Sanitation, dispensaries and jails vaccination Rajputana 1922-1927 - 1922-1927
Year: 1922
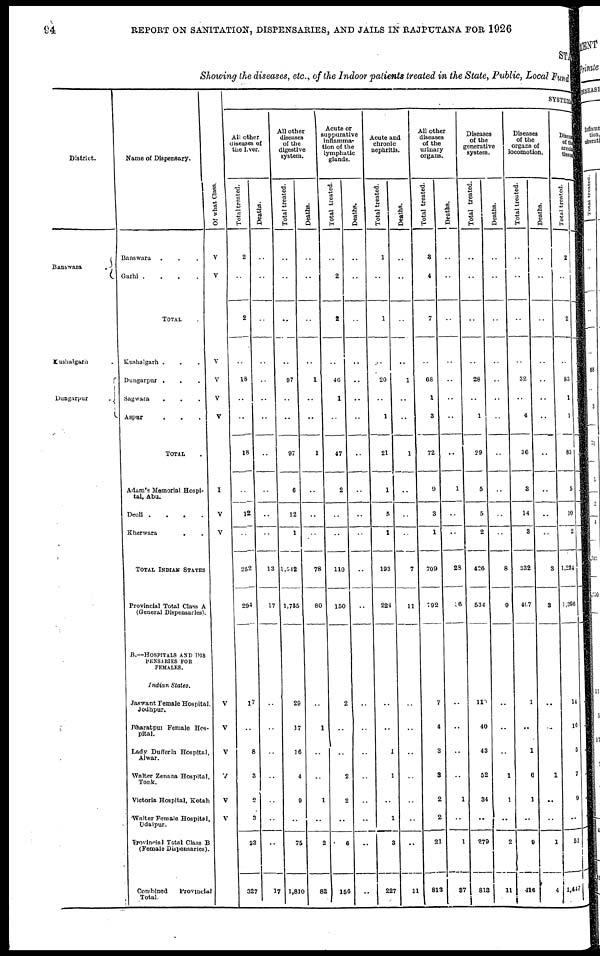
94
REPORT ON SANITATION, DISPENSARIES, AND JAILS IN RAJPUTANA FOR 1926
STATE
Showing the diseases, etc., of the Indoor patients treated in the State, Public, Local Fund
District.
Banswara
.
Kushalgarh .
Dungarpur
.
Name of Dispensary.
Banswara ...
Garhi .
.
.
.
TOTAL .
Kushalgarh ...
Dungarpur ...
Sagwara ...
Aspur ...
TOTAL .
Adam's Memorial Hospi-
tal, Abu.
Deoli .
.
.
.
Kherwara
..
TOTAL INDIAN STATES
Provincial Total Class A
(General Dispensaries).
B.—HOSPITALS AND DIS¬
PENSARIES FOR
FEMALES.
Indian
States.
Jaswant Female Hospital,
Jodhpur.
Bharatpur Female Hos-
pital.
Lady Dufferin Hospital,
Alwar.
Walter Zenana Hospital,
Tonk.
Victoria Hospital, Kotah
Walter Female Hospital,
Udaipur.
Provincial Total Class B
(Female Dispensaries).
Combined
Provincial
Total.
Of what Class.
V
V
..
V
V
V
V
I
V
V
V
V
V
V
V
V
SYSTEMATIC
All other
diseases of
the liver.
Total treated.
2
..
2
..
18
..
..
18
..
12
..
252
294
17
..
8
3
2
3
33
327
Deaths.
..
..
..
..
..
..
..
..
..
..
..
13
17
..
..
..
..
..
..
..
17
All other
diseases
of the
digestive
system.
Total treated.
..
..
..
..
97
..
..
97
6
12
1
1,542
1,735
29
17
16
4
9
..
75
1,810
Deaths.
..
..
..
..
1
..
..
1
..
..
..
78
80
..
1
..
..
1
..
2
82
Acute or
suppurative
inflamma-
tion of the
lymphatic
glands.
Total treated.
..
2
2
..
46
1
..
47
2
..
..
110
150
2
..
..
2
2
..
6
156
Deaths.
..
..
..
..
..
..
..
..
..
..
..
..
..
..
..
..
..
..
..
..
..
Acute and
chronic
nephritis.
Total treated.
1
..
1
..
20
..
1
21
1
5
1
193
224
..
..
1
1
..
1
3
227
Deaths.
..
..
..
..
1
..
..
1
..
..
..
7
11
..
..
..
..
..
..
..
11
All other
diseases
of the
urinary
organs.
Total treated.
3
4
7
..
68
1
3
72
9
3
1
709
792
7
4
3
3
2
2
21
813
Deaths.
..
..
..
..
..
..
..
..
1
..
..
28
36
..
..
..
..
1
..
1
37
Diseases
of the
generative
system.
Total treated.
..
..
..
..
28
..
1
29
5
5
2
426
534
110
40
43
52
34
..
279
813
Deaths.
..
..
..
..
..
..
..
..
..
..
..
8
9
..
..
..
1
1
..
2
11
Diseases
of the
organs of
locomotion.
Total treated.
..
..
..
..
32
..
4
36
3
14
3
332
407
1
..
1
6
1
..
9
416
Deaths.
..
..
..
..
..
..
..
..
..
..
..
3
3
..
..
1
..
..
1
4
Disease
of the
areolar
tissue
Total treated.
2
..
2
..
83
1
1
85
5
10
2
1,234
1,396
14
16
5
7
9
..
51
1,447
Deaths.
..
..
..
..
..
..
1